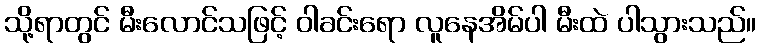
သို့ရာတွင် မီးလောင်သဖြင့် ဝါခင်းရော လူနေအိမ်ပါ မီးထဲ ပါသွားသည်။